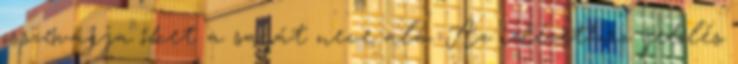
összevágja őket a saját neve alá. Az idézethez jelölés